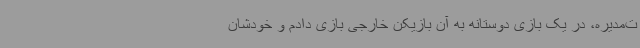
ت‌مدیره، در یک بازی دوستانه به آن بازیکن خارجی بازی دادم و خودشان